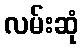
လမ်းဆုံ